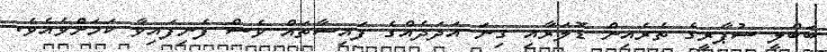
ބަބްލީ ސުޕާރީގެ ތެރެއިން ޑޮލަރާއި ގިނަ އަދަދެއްގެ ފައިސާތައް ވެސް ފެނިފައިވާ ކަމަށްވެއެވެ.